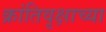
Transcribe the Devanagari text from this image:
क्रांतिवृक्षाच्या